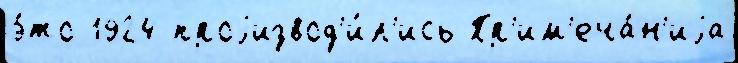
э́то 1924 проjизвод'и́л'ись Пр'им'еча́н'иjа